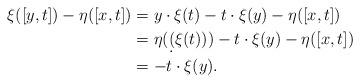
LaTeX: \begin{align*}\xi([y,t])-\eta([x,t])&= y\cdot \xi(t)-t\cdot \xi(y)-\eta([x,t]) \\ &= \eta(\d(\xi(t)))-t\cdot \xi(y)-\eta([x,t])\\ &= -t\cdot \xi(y).\end{align*}